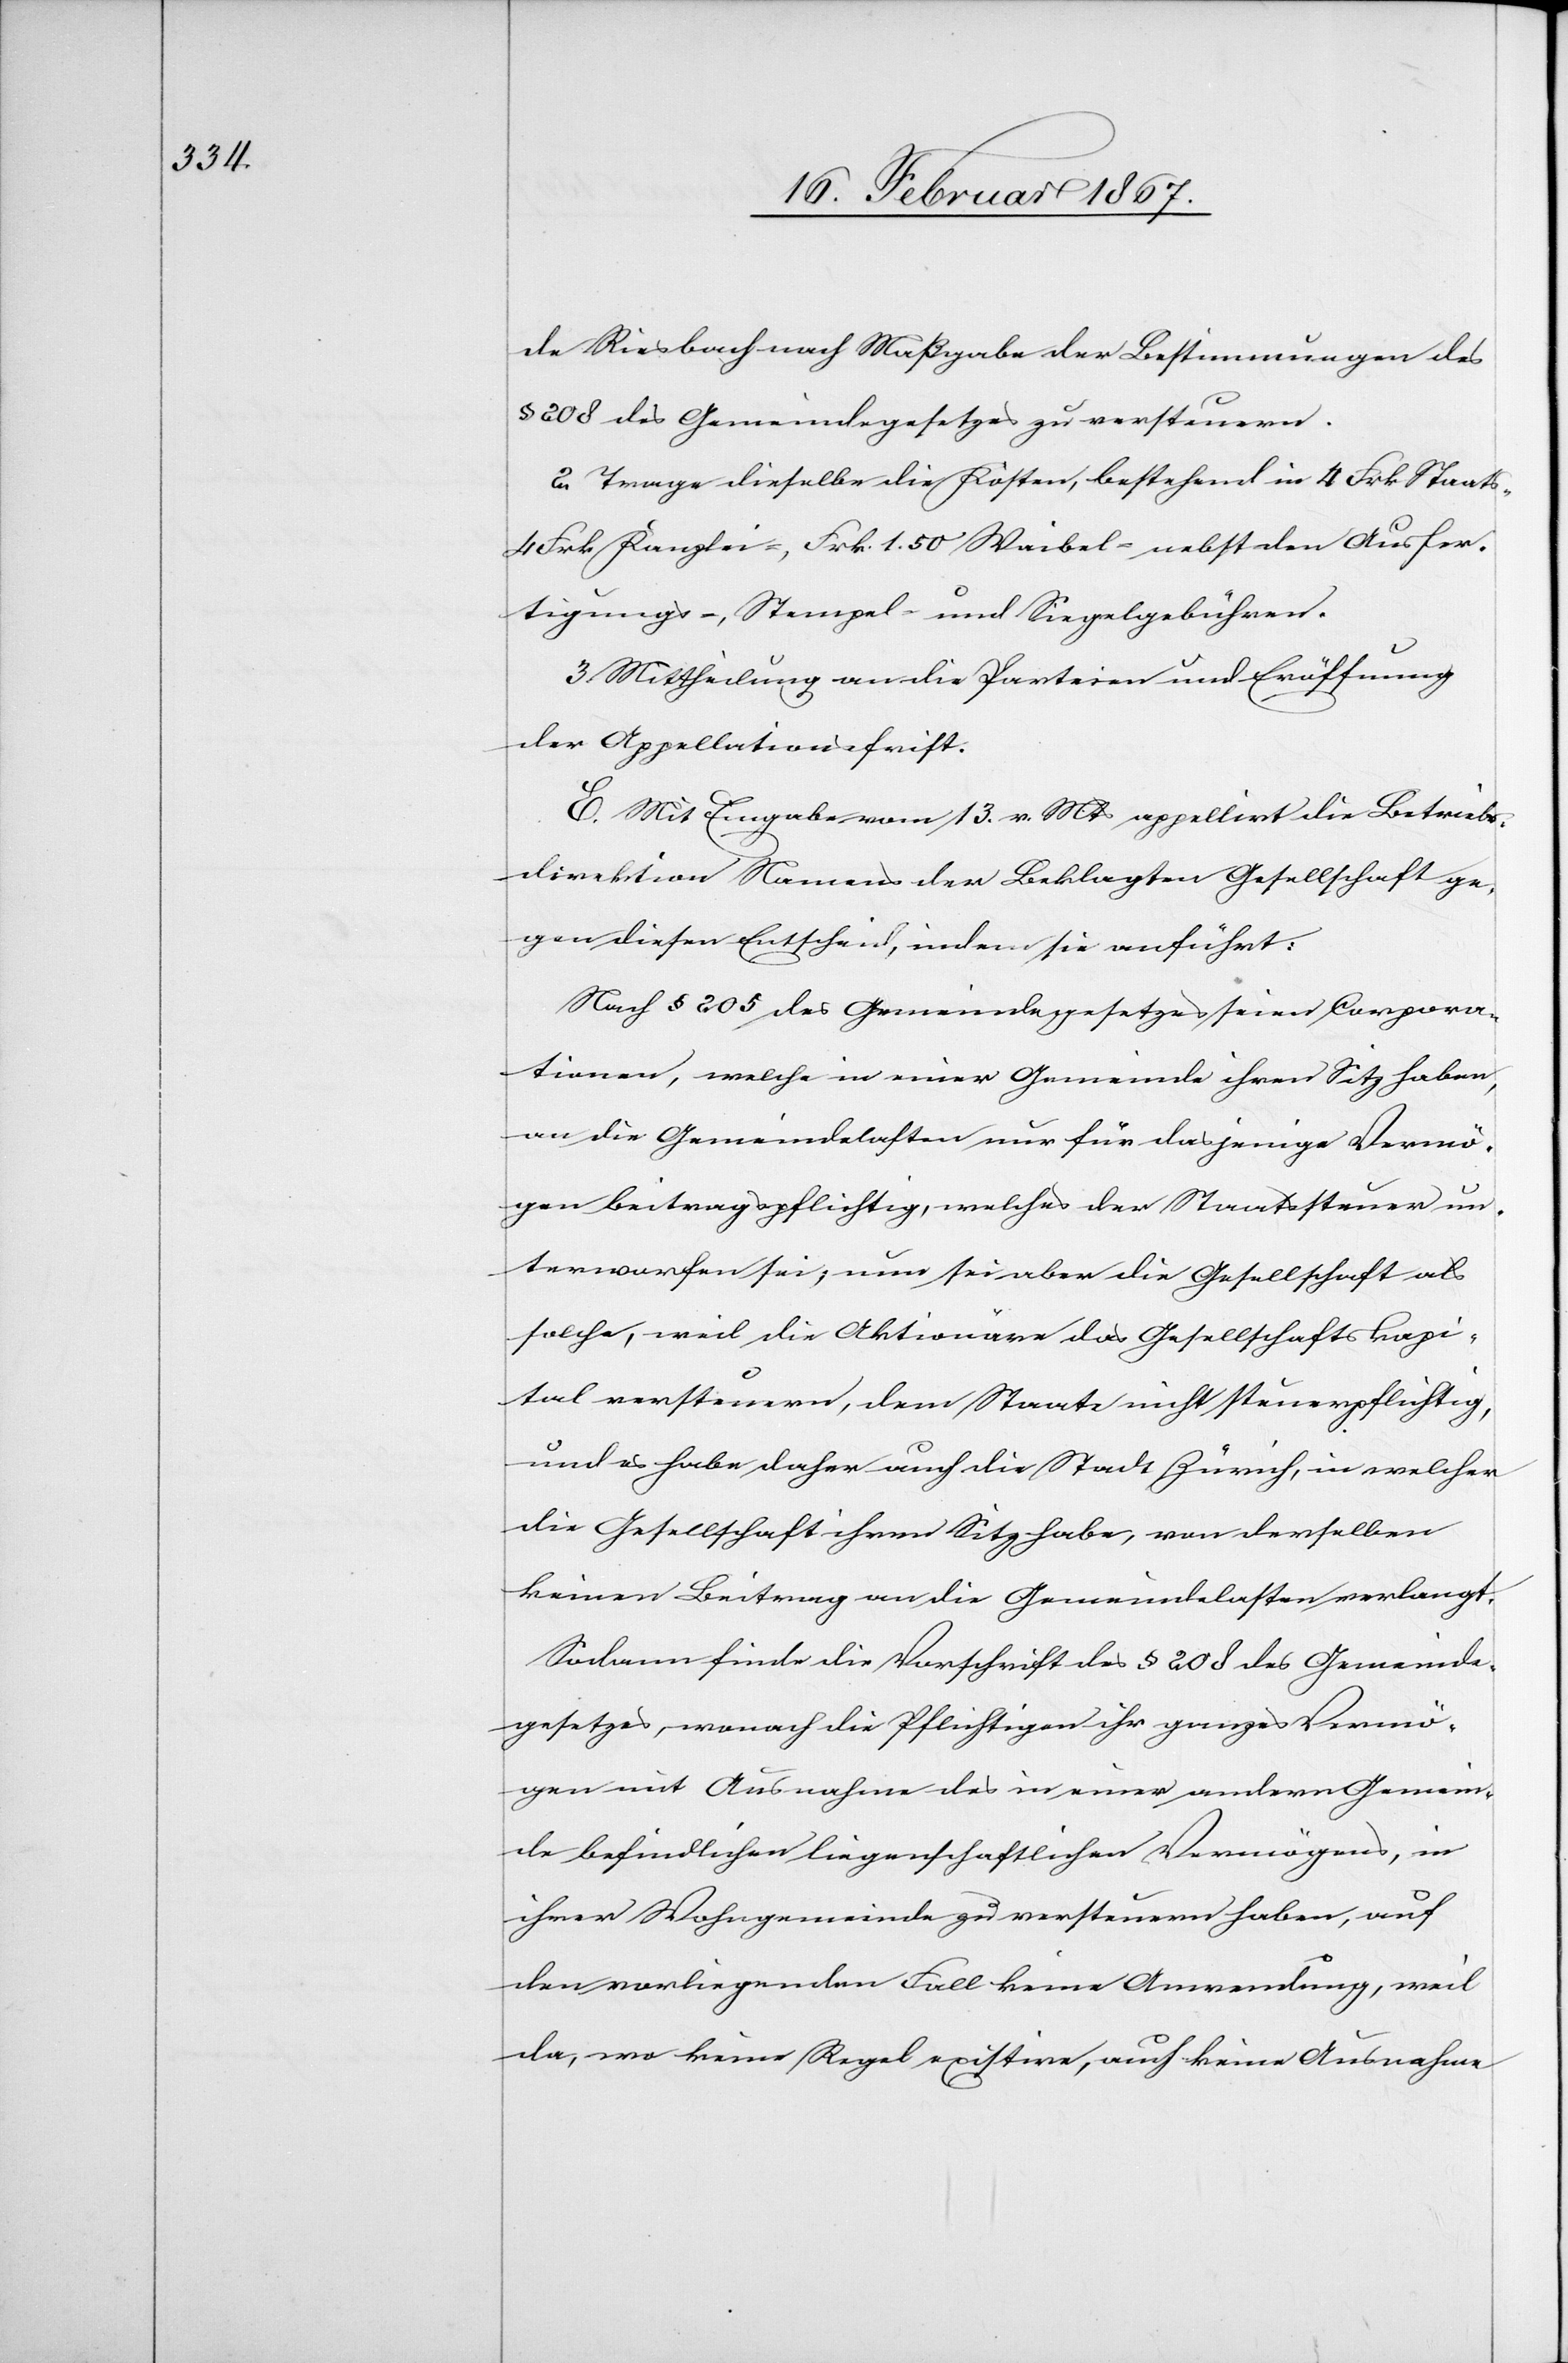
de Riesbach nach Maßgabe der Bestimmungen des
§ 208 des Gemeindegesetzes zu versteuern.
2. Trage dieselbe die Kosten, bestehend in 4 Frk Staats-,
4 Frk Kanzlei-, Frk. 1.50 Waibel- nebst den Ausfer¬
tigungs-, Stempel- und Siegelgebühren.
3. Mittheilung an die Parteien und Eröffnung
der Appellationsfrist.
E. Mit Eingabe vom 13. v. Mts appellirt die Betriebs¬
direktion Namens der Beklagten Gesellschaft ge¬
gen diesen Entscheid, indem sie anführt:
Nach § 205 des Gemeindegesetzes seien Corpora¬
tionen, welche in einer Gemeinde ihren Sitz haben,
an die Gemeindelasten nur für dasjenige Vermö¬
gen beitragspflichtig, welches der Staatssteuer un¬
terworfen sei; nun sei aber die Gesellschaft als
solche, weil die Aktionäre das Gesellschaftskapi¬
tal versteuern, dem Staate nicht steuerpflichtig,
und es habe daher auch die Stadt Zürich, in welcher
die Gesellschaft ihren Sitz habe, von denselben
keinen Beitrag an die Gemeindelasten verlangt.
Sodann finde die Vorschrift des § 208 des Gemeinde¬
gesetzes, wonach die Pflichtigen ihr ganzes Vermö¬
gen mit Ausnahme des in einer andern Gemein¬
de befindlichen liegenschaftlichen Vermögens, in
ihrer Wohngemeinde zu versteuern haben, auf
den vorliegenden Fall keine Anwendung, weil,
da, wo keine Regel existire, auch keine Ausnahme